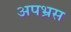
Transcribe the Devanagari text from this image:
अपभ्रस